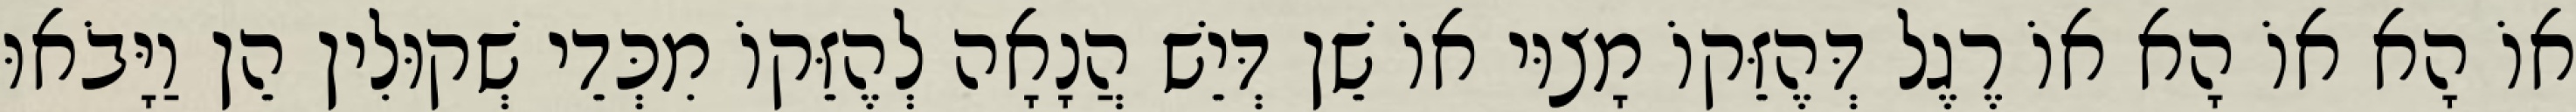
אוֹ הָא אוֹ הָא אוֹ רֶגֶל דְּהֶזֵּקוֹ מָצוּי אוֹ שֵׁן דְּיֵשׁ הֲנָאָה לְהֶזֵּקוֹ מִכְּדֵי שְׁקוּלִין הֵן וַיָּבֹאוּ